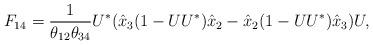
LaTeX: \begin{align*} F_{14} = \frac{1}{\theta_{12} \theta_{34}} U^*( \hat{x}_3 (1-UU^*) \hat{x}_2 - \hat{x}_2 (1-UU^*) \hat{x}_3 )U,\end{align*}